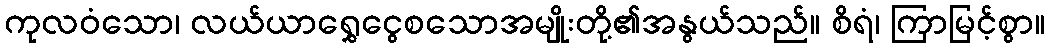
ကုလဝံသော၊ လယ်ယာရွှေငွေစသောအမျိုးတို့၏အနွယ်သည်။ စိရံ၊ ကြာမြင့်စွာ။